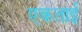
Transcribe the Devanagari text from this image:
एकताई